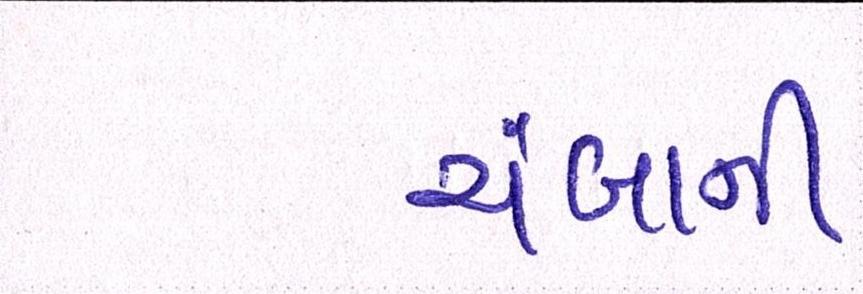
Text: ચંબાની